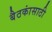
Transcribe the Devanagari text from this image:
बैठकांसाठी